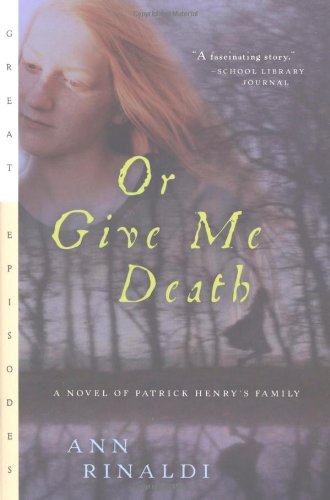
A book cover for Or Give Me Death: A Novel of Patrick Henry's Family (Great Episodes); Ann Rinaldi; Teen & Young Adult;